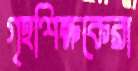
গৃহশিক্ষকেরা